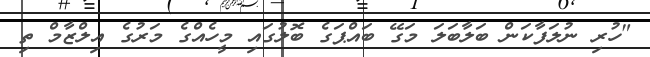
"ހުރި ނުލަފާކަން ބަލާބަލަ މަގޭ ބައްޕަގެ ބޮލުގައި މީހެއްގެ މަރުގެ އިލްޒާމް ތި